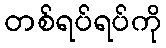
တစ်ရပ်ရပ်ကို